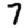
Digit: 7